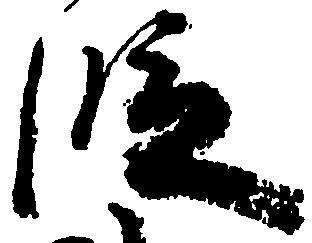
段